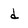
Character: d